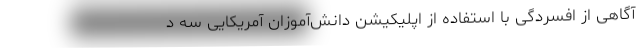
آگاهی از افسردگی با استفاده از اپلیکیشن دانش‌آموزان آمریکایی سه د